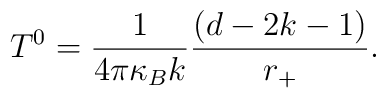
T^{0}=\frac{1}{4\pi \kappa _{B}k}\frac{(d-2k-1)}{r_{+}}.